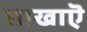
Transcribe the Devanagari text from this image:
साखाऎ